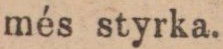
més styrka.